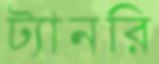
ট্যানরি